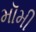
મૉમી